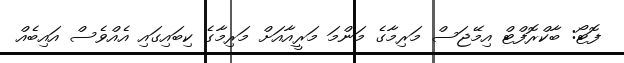
ފޮޓޯ: ބާކްރޮފްޓް އިމޭޖަސް މަރިމާގެ މަންމަ މަރީއާއަށް މަރިމާގެ ކިބައިގައި އެއްވެސް އައިބެއް